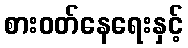
စားဝတ်နေရေးနှင့်